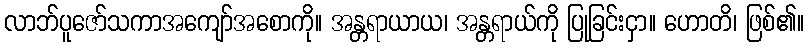
လာဘ်ပူဇော်သကာအကျော်အစောကို။ အန္တရာယာယ၊ အန္တရာယ်ကို ပြုခြင်းငှာ။ ဟောတိ၊ ဖြစ်၏။